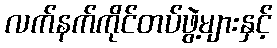
လက်နက်ကိုင်တပ်ဖွဲ့များနှင့်